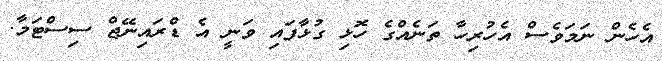
އެހެން ނަމަވެސް އެހުރިހާ ތަނެއްގެ ހޮޅި ގުޅާފައި ވަނީ އެ ޑްރައިނޭޖް ސިސްޓަމާ.